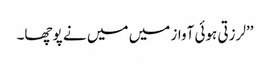
’’لرزتی ہوئی آواز میں میں نے پوچھا۔